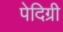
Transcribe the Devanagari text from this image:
पेदिग्री